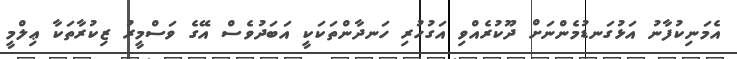
އެމަނިކުފާނު އަޅުގަނޑުމެންނަށް ދޫކުރެއްވި އަގުހުރި ހަނދާންތަކަކީ އަބަދުވެސް އޭގެ ވަސްމީރު ޒިކުރާތަކާ ޢިލްމީ